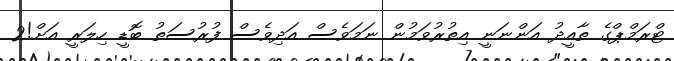
ޓްރަމްޕްގެ ތާއީދު އަންނަނީ އިތުރުވަމުން ނަމަވެސް އަދިވެސް ފުރުސަތު ބޮޑީ ހިލަރީ އަށް!2